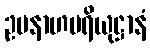
ဥပနာဟပရိယုဋ္ဌာနံ